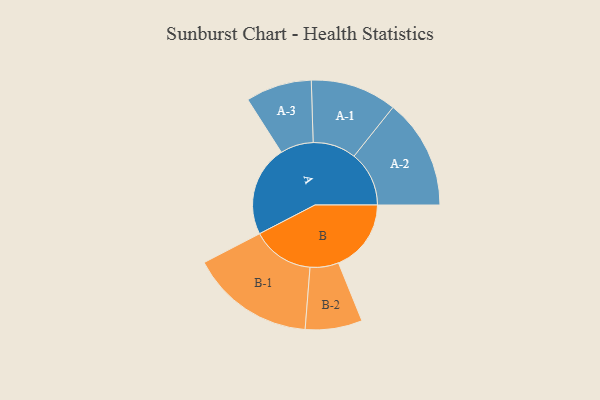
{"axis": {"x": "Segment", "y": "Value"}, "legend": ["", "A", "B"], "data": [{"x": "A", "y": 421, "type": ""}, {"x": "B", "y": 337, "type": ""}, {"x": "A-1", "y": 200, "type": "A"}, {"x": "A-2", "y": 255, "type": "A"}, {"x": "A-3", "y": 153, "type": "A"}, {"x": "B-1", "y": 288, "type": "B"}, {"x": "B-2", "y": 132, "type": "B"}]}